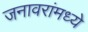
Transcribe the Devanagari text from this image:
जनावरांमध्ये